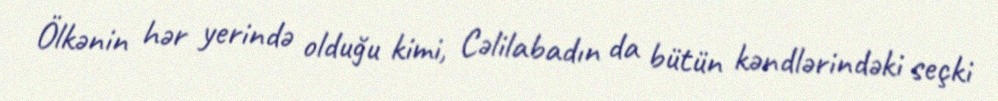
Ölkənin hər yerində olduğu kimi, Cəlilabadın da bütün kəndlərindəki seçki